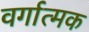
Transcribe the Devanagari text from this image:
वर्गात्मक